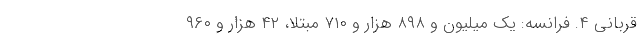
قربانی ۴. فرانسه: یک میلیون و ۸۹۸ هزار و ۷۱۰ مبتلا، ۴۲ هزار و ۹۶۰